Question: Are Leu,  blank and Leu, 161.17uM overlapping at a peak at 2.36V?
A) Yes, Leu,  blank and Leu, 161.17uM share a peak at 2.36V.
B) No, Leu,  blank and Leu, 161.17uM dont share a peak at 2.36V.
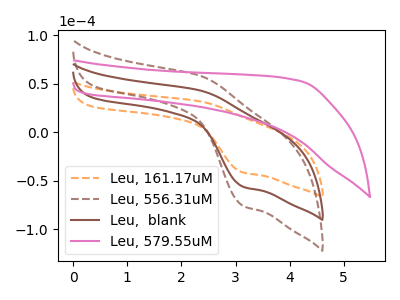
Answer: <think>The orange dashed curve "Leu, 161.17uM" has an anodic peak at (2.35V, 31.80uA) and a cathodic peak at (3.15V, -41.35uA). The brown dashed curve "Leu, 556.31uM" has an anodic peak at (2.35V, 86.00uA) and a cathodic peak at (3.15V, -111.85uA). The brown curve "Leu,  blank" has an anodic peak at (2.35V, 43.00uA) and a cathodic peak at (3.15V, -55.90uA). The pink curve "Leu, 579.55uM" has no peaks.</think>
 <answer>A) Yes, "Leu,  blank" and "Leu, 161.17uM" share a peak at 2.36V.</answer>
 <eval>A</eval>